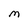
Character: M